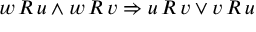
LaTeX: w \, R \, u \land w \, R \, v \Rightarrow u \, R \, v \lor v \, R \, u